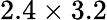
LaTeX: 2.4\times 3.2